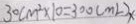
3 0 c m ^ { 2 } \times 1 0 = 3 0 0 ( m L ) x